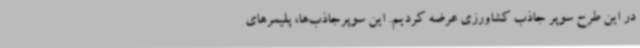
در این طرح سوپر جاذب کشاورزی عرضه کردیم. این سوپرجاذب‌ها، پلیمرهای